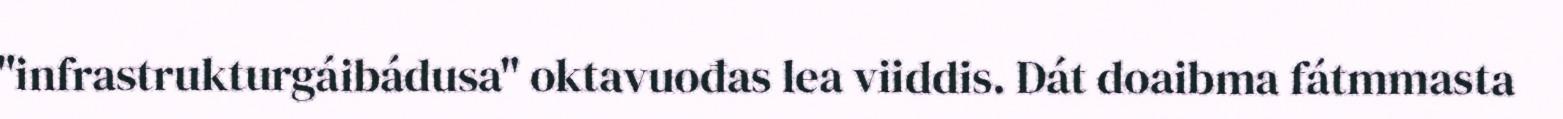
"infrastrukturgáibádusa" oktavuođas lea viiddis. Dát doaibma fátmmasta